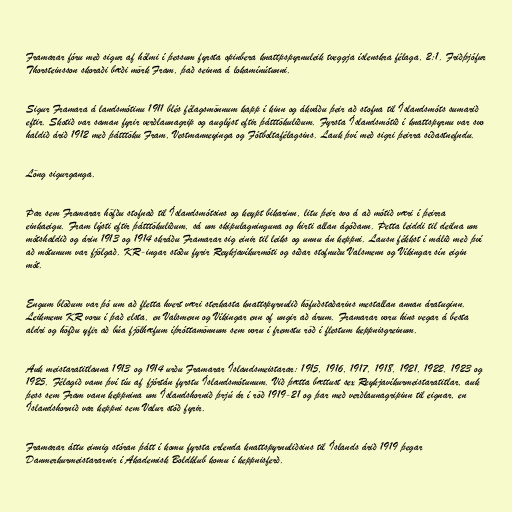
Framarar fóru með sigur af hólmi í þessum fyrsta opinbera knattpspyrnuleik tveggja íslenskra félaga, 2:1. Friðþjófur
Thorsteinsson skoraði bæði mörk Fram, það seinna á lokamínútunni.

Sigur Framara á landsmótinu 1911 blés félagsmönnum kapp í kinn og ákváðu þeir að stofna til Íslandsmóts sumarið
eftir. Skotið var saman fyrir verðlaunagrip og auglýst eftir þátttökuliðum. Fyrsta Íslandsmótið í knattspyrnu var svo
haldið árið 1912 með þátttöku Fram, Vestmanneyinga og Fótboltafélagsins. Lauk því með sigri þeirra síðastnefndu.

Löng sigurganga.

Þar sem Framarar höfðu stofnað til Íslandsmótsins og keypt bikarinn, litu þeir svo á að mótið væri í þeirra
einkaeigu. Fram lýsti eftir þátttökuliðum, sá um skipulagninguna og hirti allan ágóðann. Þetta leiddi til deilna um
mótshaldið og árin 1913 og 1914 skráðu Framarar sig einir til leiks og unnu án keppni. Lausn fékkst í málið með því
að mótunum var fjölgað. KR-ingar stóðu fyrir Reykjavíkurmóti og síðar stofnuðu Valsmenn og Víkingar sín eigin
mót.

Engum blöðum var þó um að fletta hvert væri sterkasta knattspyrnulið höfuðstaðarins mestallan annan áratuginn.
Leikmenn KR voru í það elsta, en Valsmenn og Víkingar enn of ungir að árum. Framarar voru hins vegar á besta
aldri og höfðu yfir að búa fjölhæfum íþróttamönnum sem voru í fremstu röð í flestum keppnisgreinum.

Auk meistaratitlanna 1913 og 1914 urðu Framarar Íslandsmeistarar: 1915, 1916, 1917, 1918, 1921, 1922, 1923 og
1925. Félagið vann því tíu af fjórtán fyrstu Íslandsmótunum. Við þætta bættust sex Reykjavíkurmeistaratitlar, auk
þess sem Fram vann keppnina um Íslandshornið þrjú ár í röð 1919-21 og þar með verðlaunagripinn til eignar, en
Íslandshornið var keppni sem Valur stóð fyrir.

Framarar áttu einnig stóran þátt í komu fyrsta erlenda knattspyrnuliðsins til Íslands árið 1919 þegar
Danmerkurmeistararnir í Akademisk Boldklub komu í keppnisferð.